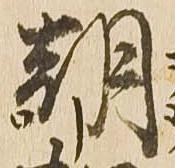
朝